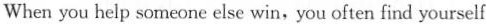
When you help someone else win,you often find yourself